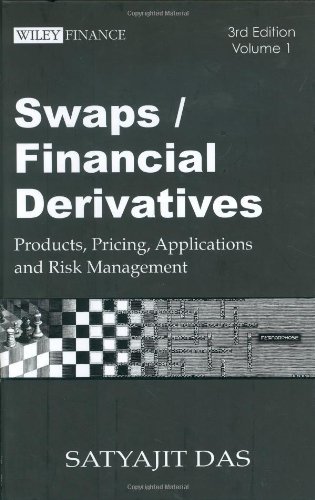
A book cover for Swaps and Financial Derivatives: Products, Pricing, Applications and Risk Management  (4 Volume Set) (Wiley Finance); Satyajit Das; Business & Money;